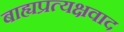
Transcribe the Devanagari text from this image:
बाह्यप्रत्यक्षवाद